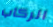
الركاب